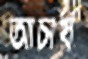
আচার্য